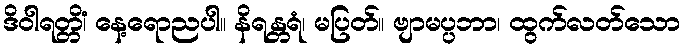
ဒိဝါရတ္တိံ၊ နေ့ရောညပါ။ နိရန္တရံ၊ မပြတ်။ ဗျာမပ္ပဘာ၊ ထွက်လတ်သော